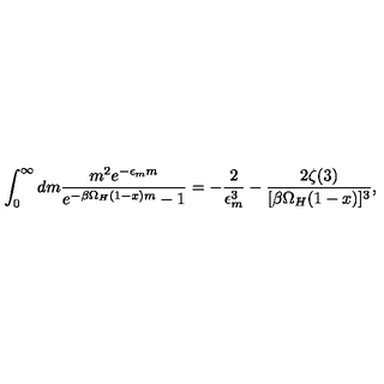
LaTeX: \int _ { 0 } ^ { \infty } d m \frac { m ^ { 2 } e ^ { - \epsilon _ { m } m } } { e ^ { - \beta \Omega _ { H } ( 1 - x ) m } - 1 } = - \frac { 2 } { \epsilon _ { m } ^ { 3 } } - \frac { 2 \zeta ( 3 ) } { [ \beta \Omega _ { H } ( 1 - x ) ] ^ { 3 } } ,